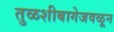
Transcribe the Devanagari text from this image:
तुळशीबागेजवळून